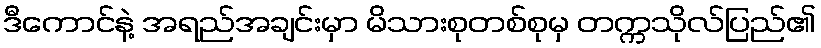
ဒီကောင်နဲ့ အရည်အချင်းမှာ မိသားစုတစ်စုမှ တက္ကသိုလ်ပြည်၏